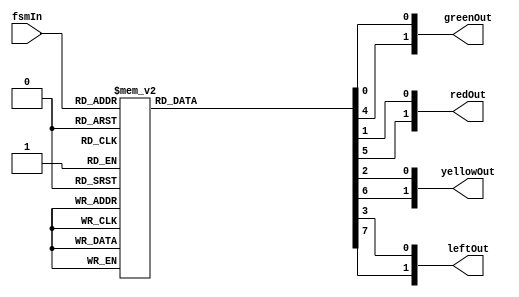
// Led control is basically the datapath
module led_control(fsmIn, greenOut, redOut, yellowOut, leftOut);
  input [2:0] fsmIn;

// The different lights of the intersection
  output reg [1:0] greenOut, redOut, yellowOut, leftOut;

// 0 bit represents the north / south road, 1 bit is the east / west road

  always @(*)
  begin
    case (fsmIn)
      3'd0: begin
        greenOut[0] = 1;
        redOut[0] = 0;
        yellowOut[0] = 0;
        leftOut[0] = 0;

        greenOut[1] = 0;
        redOut[1] = 1;
        yellowOut[1] = 0;
        leftOut[1] = 0;
      end
      3'd1: begin
        greenOut[0] = 0;
        redOut[0] = 0;
        yellowOut[0] = 1;
        leftOut[0] = 0;

        greenOut[1] = 0;
        redOut[1] = 1;
        yellowOut[1] = 0;
        leftOut[1] = 0;
      end
      3'd2: begin
        greenOut[0] = 0;
        redOut[0] = 1;
        yellowOut[0] = 0;
        leftOut[0] = 0;

        greenOut[1] = 0;
        redOut[1] = 1;
        yellowOut[1] = 0;
        leftOut[1] = 0;
      end
      3'd3: begin
        greenOut[0] = 0;
        redOut[0] = 1;
        yellowOut[0] = 0;
        leftOut[0] = 0;

        greenOut[1] = 0;
        redOut[1] = 1;
        yellowOut[1] = 0;
        leftOut[1] = 1;
      end
      3'd4: begin
        greenOut[0] = 0;
        redOut[0] = 1;
        yellowOut[0] = 0;
        leftOut[0] = 0;

        greenOut[1] = 1;
        redOut[1] = 0;
        yellowOut[1] = 0;
        leftOut[1] = 0;
      end
      3'd5: begin
        greenOut[0] = 0;
        redOut[0] = 1;
        yellowOut[0] = 0;
        leftOut[0] = 0;

        greenOut[1] = 0;
        redOut[1] = 0;
        yellowOut[1] = 1;
        leftOut[1] = 0;
      end
      3'd6: begin
        greenOut[0] = 0;
        redOut[0] = 1;
        yellowOut[0] = 0;
        leftOut[0] = 0;

        greenOut[1] = 0;
        redOut[1] = 1;
        yellowOut[1] = 0;
        leftOut[1] = 0;
      end
      3'd7: begin
        greenOut[0] = 0;
        redOut[0] = 1;
        yellowOut[0] = 0;
        leftOut[0] = 1;

        greenOut[1] = 0;
        redOut[1] = 1;
        yellowOut[1] = 0;
        leftOut[1] = 0;
      end
      default: begin
        greenOut[0] = 0;
        redOut[0] = 0;
        yellowOut[0] = 0;
        leftOut[0] = 0;

        greenOut[1] = 0;
        redOut[1] = 0;
        yellowOut[1] = 0;
        leftOut[1] = 0;
      end
    endcase
  end
endmodule